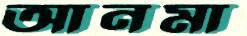
আনমা